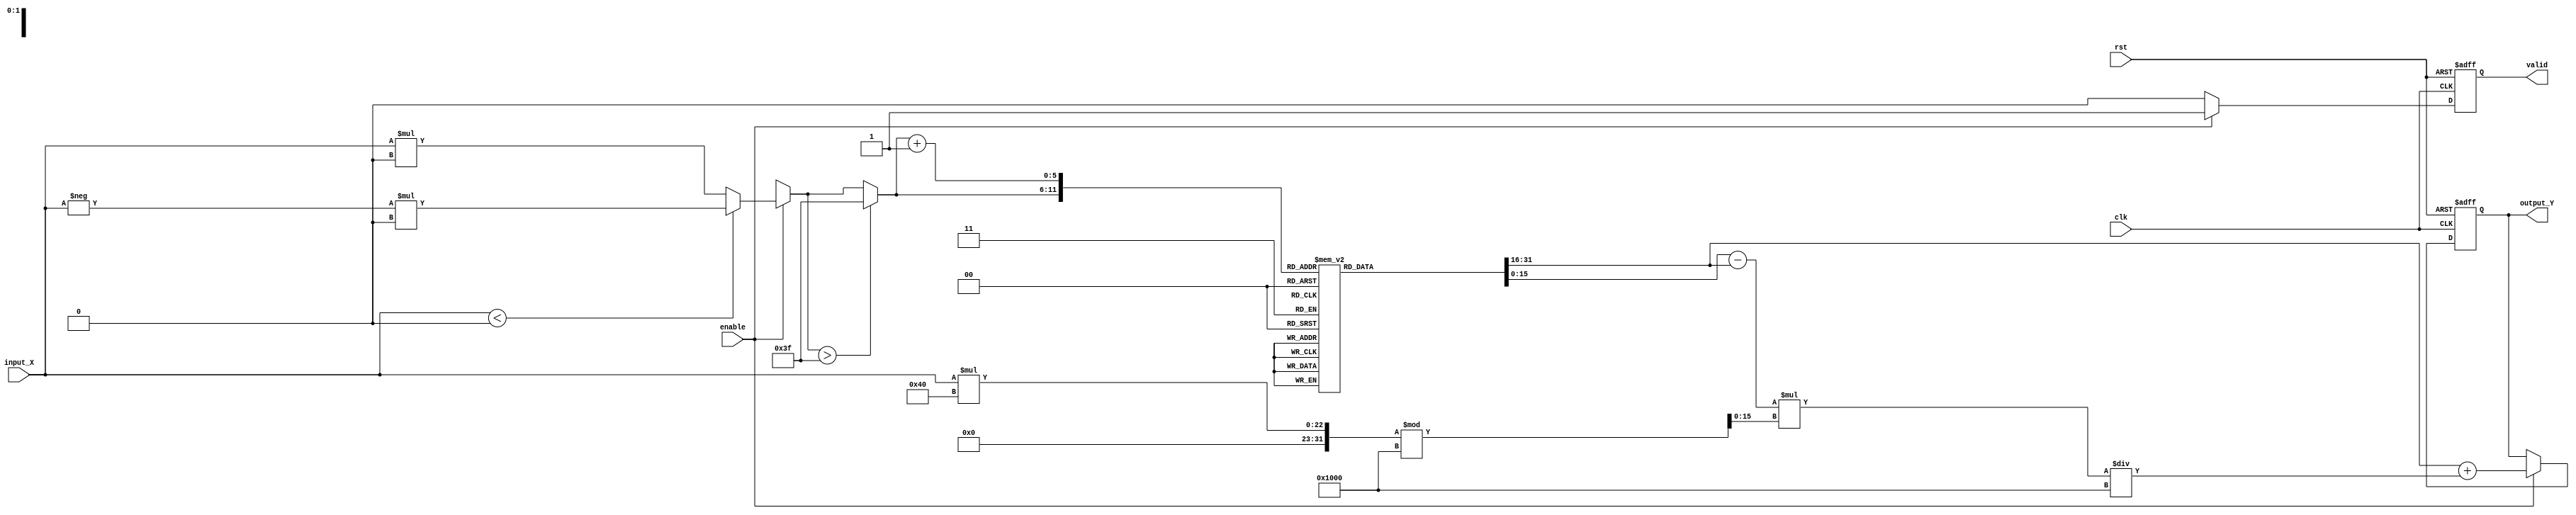
module atan_block (
    input wire [15:0] input_X, // Fixed-point input for tangent value
    input wire clk,             // Clock signal
    input wire rst,             // Reset signal
    input wire enable,          // Enable signal
    output reg [15:0] output_Y, // Output fixed-point angle in radians
    output reg valid            // Signal that output is valid
);

    // Lookup table for atan values for input values in range [-1, 1]
    reg [15:0] atan_lut [0:63]; // 64 entry LUT for values from -1 to 1
    initial begin
        // Initialize the LUT with precomputed atan values (scaled appropriately)
        // atan_lut[0] corresponds to -1, atan_lut[32] corresponds to 0, ...
        atan_lut[0]  = 16'hC000; // -/4 in fixed-point
        atan_lut[1]  = 16'hB9B2; // atan(-0.9375)
        atan_lut[2]  = 16'hB51E; // atan(-0.875)
        // ... Initialize all other values ...
        atan_lut[32] = 16'h0000; // atan(0) = 0
        // ... Continue to fill in atan values ...
        atan_lut[63] = 16'h3F3C; // atan(0.9375)
        // Note: This initialization is just a placeholder; actual atan values should be filled in
    end

    // Parameters for scaling the input and output representation
    localparam FIXED_POINT_FACTOR = 16'h1000; // Scale factor for conversion
    localparam LUT_SIZE = 64; // Size of the LUT

    // Temp variables for calculation
    reg [5:0] index;
    reg [15:0] remainder;
    reg [15:0] interp_result;

    always @(posedge clk or posedge rst) begin
        if (rst) begin
            output_Y <= 16'd0;
            valid <= 1'b0;
        end else if (enable) begin
            // Normalize input X to range [-1, 1]
            if (input_X < 16'h0) begin
                index = -input_X * (LUT_SIZE / FIXED_POINT_FACTOR);
            end else begin
                index = input_X * (LUT_SIZE / FIXED_POINT_FACTOR);
            end
            
            // Handle overflow if index exceeds LUT range
            index = (index > (LUT_SIZE-1)) ? (LUT_SIZE-1) : index;
            remainder = (input_X * LUT_SIZE) % FIXED_POINT_FACTOR; // Remainder for interpolation

            // Linear interpolation between LUT values
            interp_result = atan_lut[index] + ((atan_lut[index + 1] - atan_lut[index]) * remainder / FIXED_POINT_FACTOR);

            // Assign output values
            output_Y <= interp_result;
            valid <= 1'b1;
        end else begin
            valid <= 1'b0; // If not enabled, output is invalid
        end
    end

endmodule